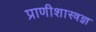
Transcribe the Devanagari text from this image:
प्राणीशास्त्रज्ञ